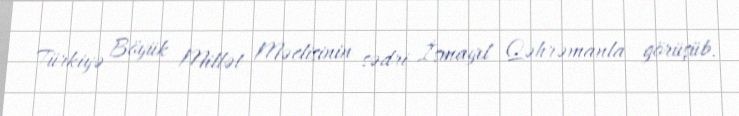
Türkiyə Böyük Millət Məclisinin sədri İsmayıl Qəhrəmanla görüşüb.